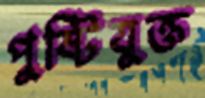
পুষ্টিযুক্ত